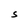
Character: S